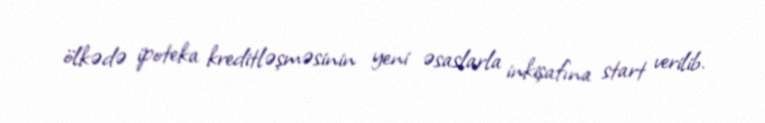
ölkədə ipoteka kreditləşməsinin yeni əsaslarla inkişafına start verilib.